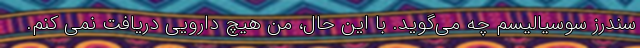
سندرز سوسیالیسم چه می‌گوید. با این حال، من هیچ دارویی دریافت نمی کنم.